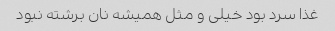
غذا سرد بود خیلی و مثل همیشه نان برشته نبود